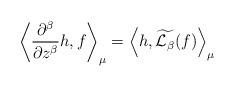
LaTeX: \begin{align*}\left< \frac{\partial^{\beta}}{\partial z^{\beta}}h, f\right>_{\mu}=\left< h, \widetilde{\mathcal{L}_{\beta}}(f)\right>_{\mu}\end{align*}